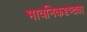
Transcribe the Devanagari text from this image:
भावनिकदृष्‍ट्या